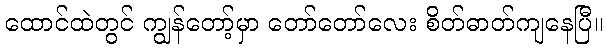
ထောင်ထဲတွင် ကျွန်တော့်မှာ တော်တော်လေး စိတ်ဓာတ်ကျနေပြီ။